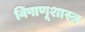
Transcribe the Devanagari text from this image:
विषाणूशास्त्र